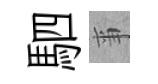
駟亊